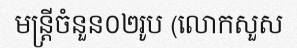
មន្ត្រីចំនួន០២រូប (លោកសួស